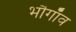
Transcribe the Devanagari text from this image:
भौगाँव